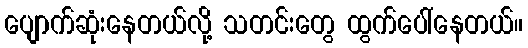
ပျောက်ဆုံးနေတယ်လို့ သတင်းတွေ ထွက်ပေါ်နေတယ်။